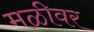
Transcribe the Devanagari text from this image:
मळीवर